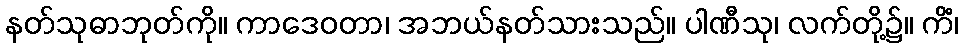
နတ်သုဓာဘုတ်ကို။ ကာဒေဝတာ၊ အဘယ်နတ်သားသည်။ ပါဏီသု၊ လက်တို့၌။ ကိံ၊